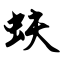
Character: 蚨